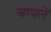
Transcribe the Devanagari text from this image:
चप्‍पलें